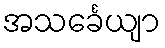
အသင်္ခေယျာ